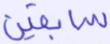
سابقين